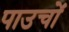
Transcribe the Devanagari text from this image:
पाउचों